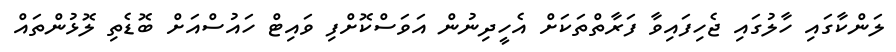
ލަންކާގައި ހާލުގައި ޖެހިފައިވާ ފަރާތްތަކަށް އެހީދިނުން އަވަސްކޮށްފި ވައިޓް ހައުސްއަށް ބޮޑެތި ލޮޅުންތައް